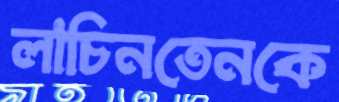
লাচিনতেনকে